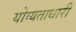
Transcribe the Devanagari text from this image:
योग्यताधारी